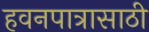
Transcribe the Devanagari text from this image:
हवनपात्रासाठी